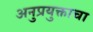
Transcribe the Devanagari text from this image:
अनुप्रयुक्ताचा